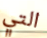
التي